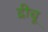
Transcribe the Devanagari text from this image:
द्रीचू